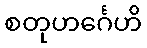
စတုဟင်္ဂေဟိ